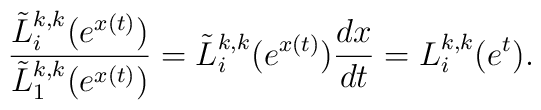
\frac{\tilde{L}_{i}^{k,k}(e^{x(t)})}{\tilde{L}_{1}^{k,k}(e^{x(t)})}=\tilde{L}_{i}^{k,k}(e^{x(t)}){\frac{dx}{dt}}=L_{i}^{k,k}(e^{t}).